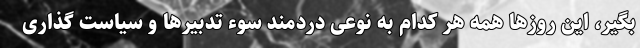
بگیر، این روزها همه هر کدام به نوعی دردمند سوء تدبیرها و سیاست گذاری